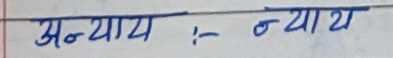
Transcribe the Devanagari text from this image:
अन्याय : न्याय